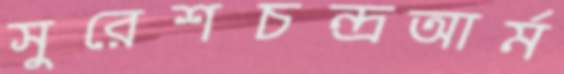
সুরেশচন্দ্রআর্ম